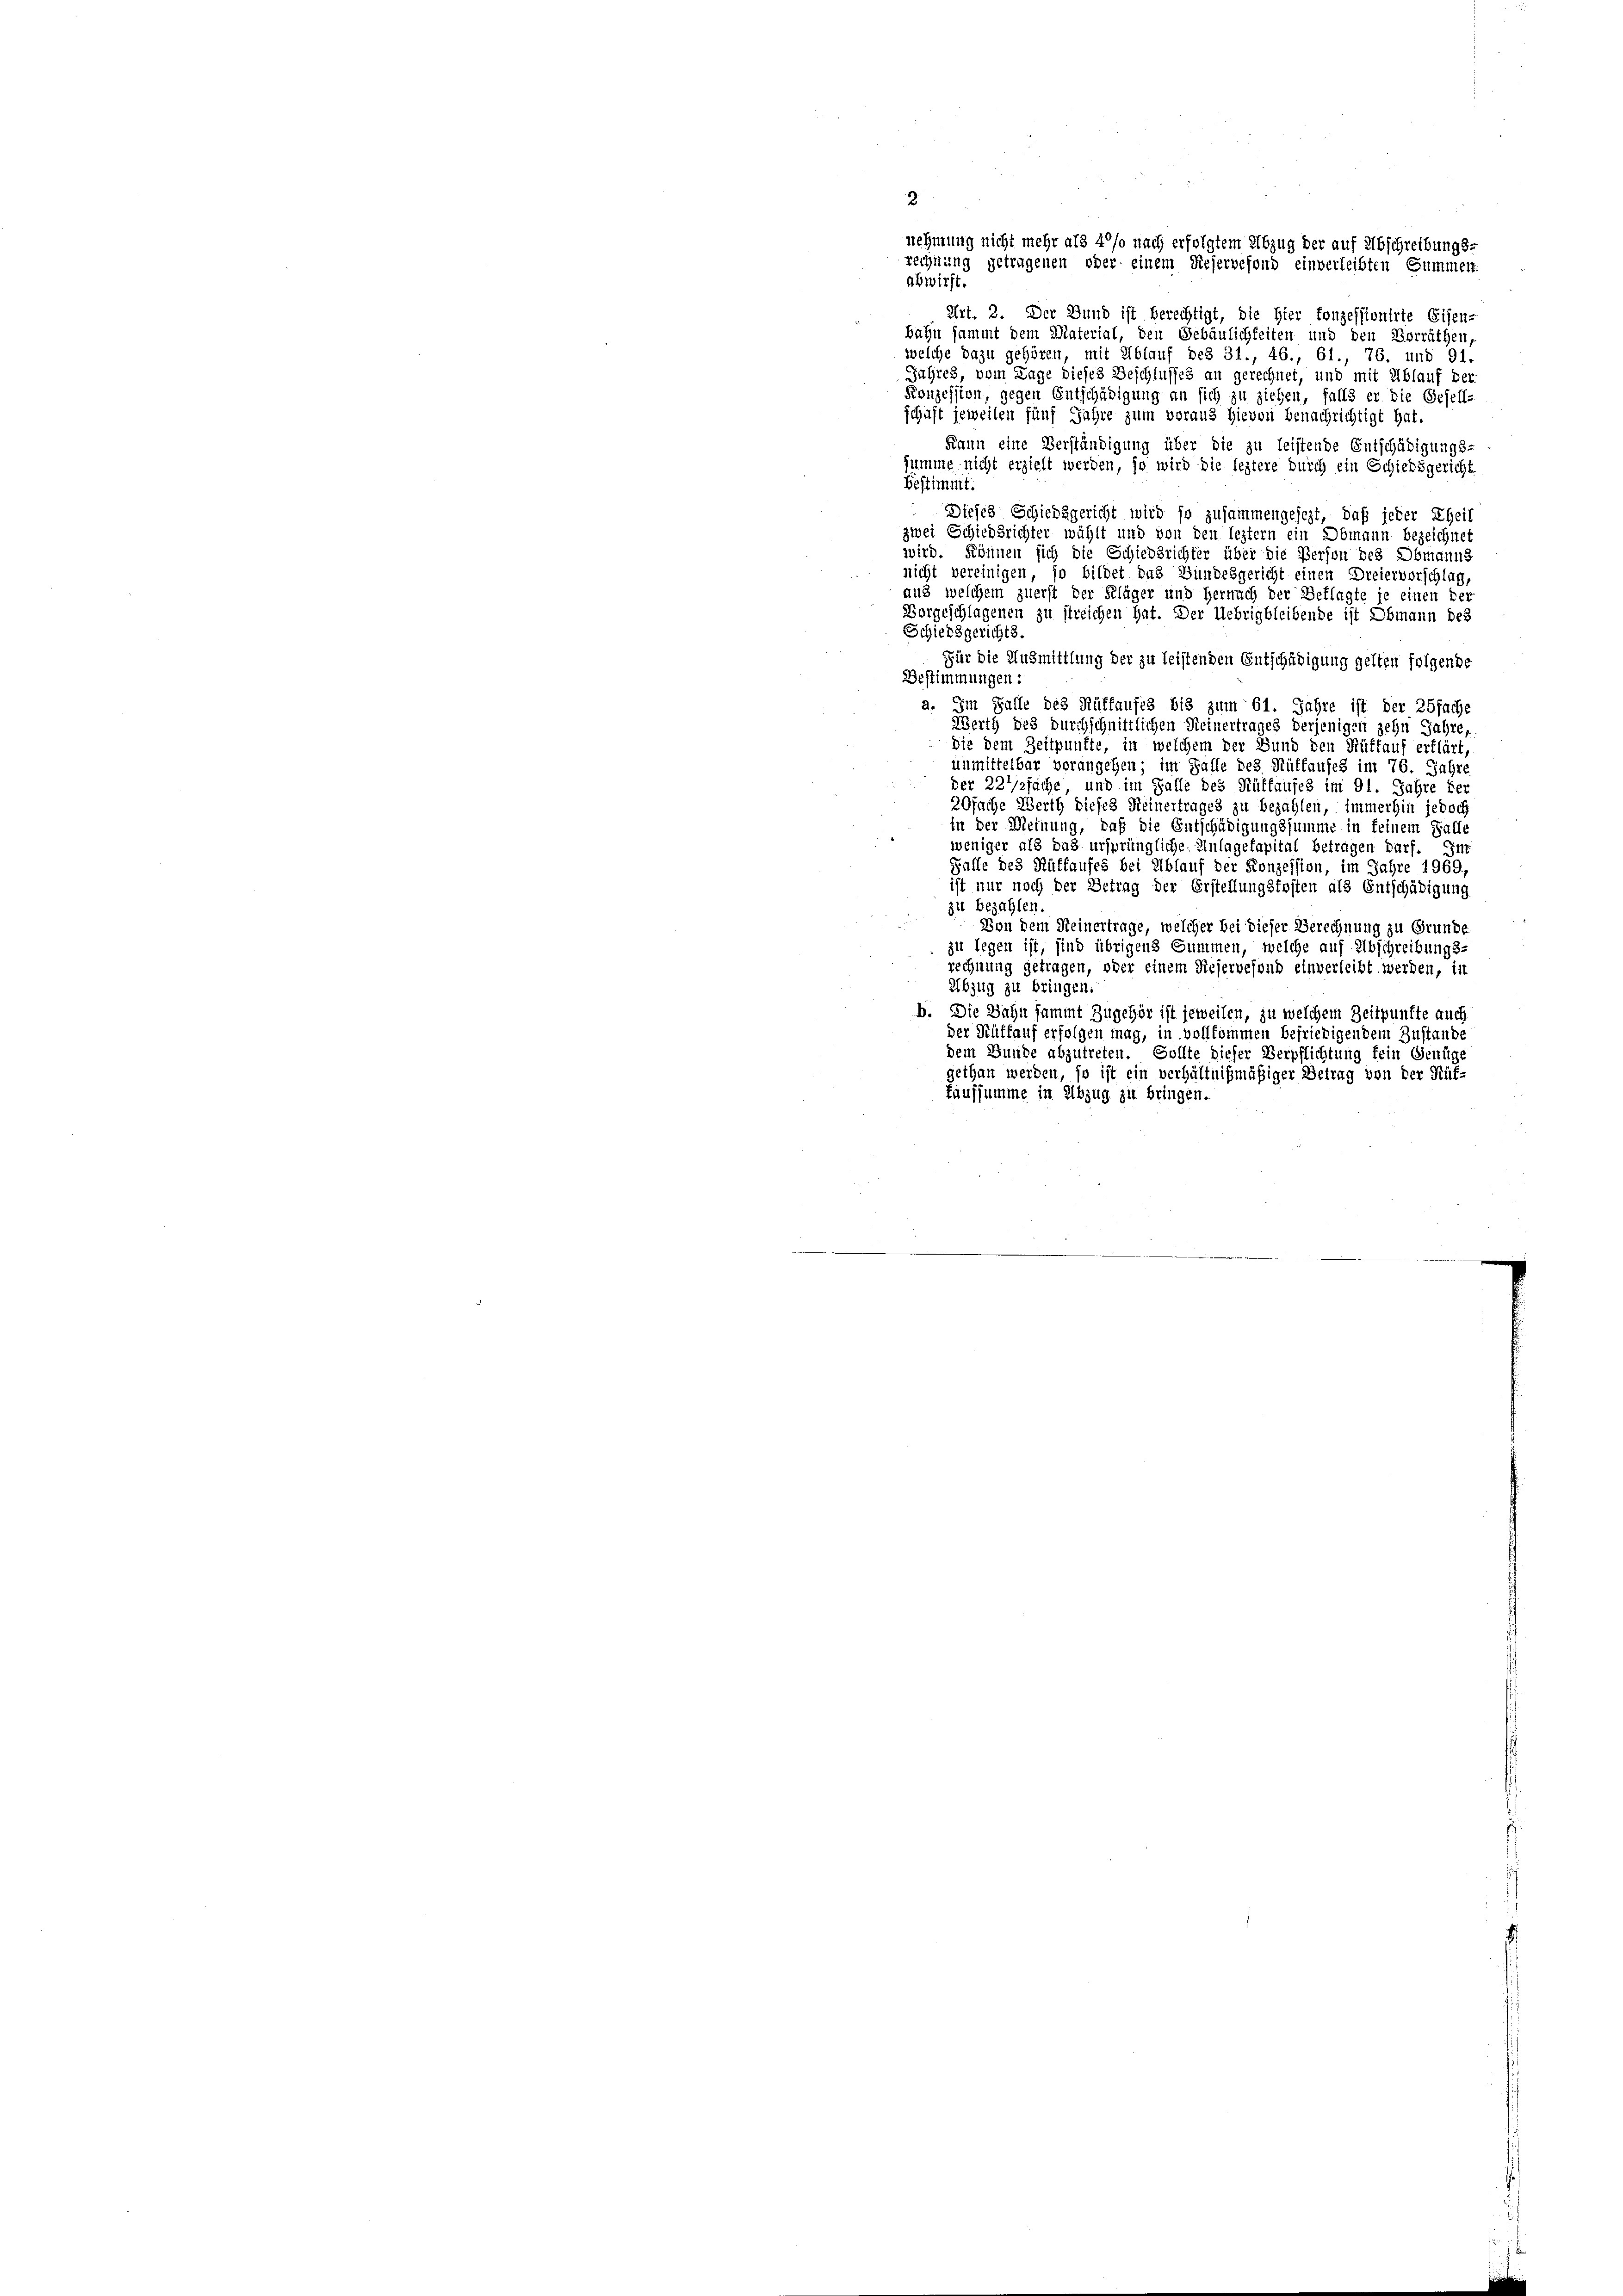
rechnung getragenen oder einem Dieservefond einverleibten Summer-
abwirft.
Art. 2. Der Bund ist berechtigt, die Hier fonzessionirte Eisen-
bahn sammt dem Material, den Gebäulichkeiten und den Vorräthen,
welche dazu gehören, mit Ablauf des 31., 46., 61., 76, und 91.
Jahres, vom Lage dieses Beschlusses an gerechnet, und mit Ablauf der
Konzession, gegen Entschädigung an sich zu ziehen, falls er die Gesell-
schaft jeweilen fünf Jahre zum voraus hievon Benachrichtigt hat.
Kann eine Verständigung über die zu leistende Entschädigungs-
summe nicht erzielt werden, so wird die leztere durch ein Schiedsgericht
Bestimmt.
Dieses Schiedsgericht wird so zusammengesezt, daß jeder Rheit
zwei Schiedsrichter wählt und von den leztern ein Obmann bezeichnet
wird. Können sich die Schiedsrichter über die Person des Obmanns
nicht vereinigen, so bildet das Bundesgericht einen Dreiervorschlag,
aus welchem zuerst der Kläger und Hernach der Beklagte je einen der
Vorgeschlagenen zu streichen hat. Der Uebrigbleibende ist Obmann des
Schiedsgerichts.
Für die Ausmittlung der zu leistenden Entschädigung gelten folgende
Bestimmungen:
a. Im Falle des Rüffaufes bis zum 61. Jahre ist der 25fache
Werth des durchschnittlichen Meinertrages derjenigen zehn Jahre,
die dem Zeitpunkte, in welchem der Bund den Rüttauf erklärt,
unmittelbar vorangehen; im Falle des Rüffaufes im 76. Jahre
der 231/zfäche, und im Falle des Rüffauses im 91. Jahre der
20fache Werth dieses Reinertrages zu bezahlen, immerhin jedoch
in der Meinung, daß die Entschädigungssumme in keinem Falle
weniger als das ursprüngliche Anlagefapital betragen darf. Im
Falle des Rüffaufes bei Ablauf der Konzession, im Jahre 1969,
ist nur noch der Betrag der Erstellungskosten als Entschädigung
zu bezahlen
Von dem Heinertrage, welcher bei dieser Berechnung zu Grunde
zu legen ist, sind übrigens Summen, welche auf Abschreibungs-
rechnung getragen, oder einem Dieservefond einverleibt werden, in
Abzug zu bringen.
b. Die Bahn sammt Zugehör ist jeweilen, zu welchem Zeitpunkte auch
der Rüffauf erfolgen mag, in vollkommen befriedigendem Zustande
dem Bunde abzutreten. Sollte dieser Verpflichtung fein Genüge
gethan werden, so ist ein verhältnißmäßiger Betrag von der Rüf-
taufsumme in Abzug zu bringen.

nehmung nicht mehr als 4 % nach erfolgtem Abzug der auf Abschreibungs-